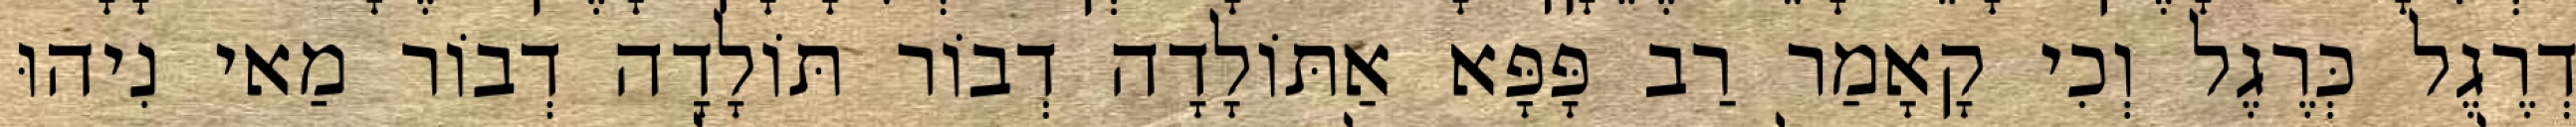
דְרֶגֶל כְּרֶגֶל וְכִי קָאָמַר רַב פָּפָּא אַתּוֹלָדָה דְבוֹר תּוֹלָדָה דְבוֹר מַאי נִיהוּ